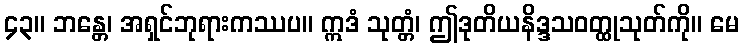
၄၃။ ဘန္တေ၊ အရှင်ဘုရားကဿပ။ ဣဒံ သုတ္တံ၊ ဤဒုတိယနိဒ္ဒသဝတ္ထုသုတ်ကို။ မေ